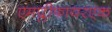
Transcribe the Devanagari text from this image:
एमप्लीफायरएक